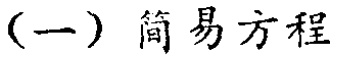
（一）简易方程